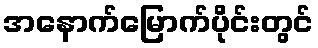
အနောက်မြောက်ပိုင်းတွင်